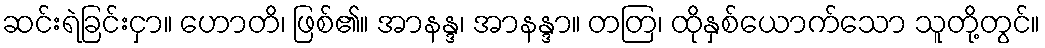
ဆင်းရဲခြင်းငှာ။ ဟောတိ၊ ဖြစ်၏။ အာနန္ဒ၊ အာနန္ဒာ။ တတြ၊ ထိုနှစ်ယောက်သော သူတို့တွင်။